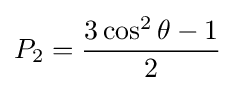
P_{2}={\frac {3\cos ^{2}\theta -1}{2}}